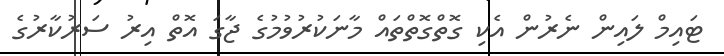
ޓައިމް ލައިން ނެރުން އެކި ގޮތްގޮތްތައް މާނަކުރުވުމުގެ ޖާގަ އޮތް އިރު ސަރުކާރުގެ